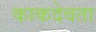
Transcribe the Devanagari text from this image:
काकदेवता